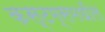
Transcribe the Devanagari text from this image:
कस्टम्समधील